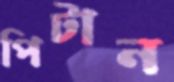
পিটান